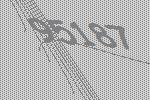
95187